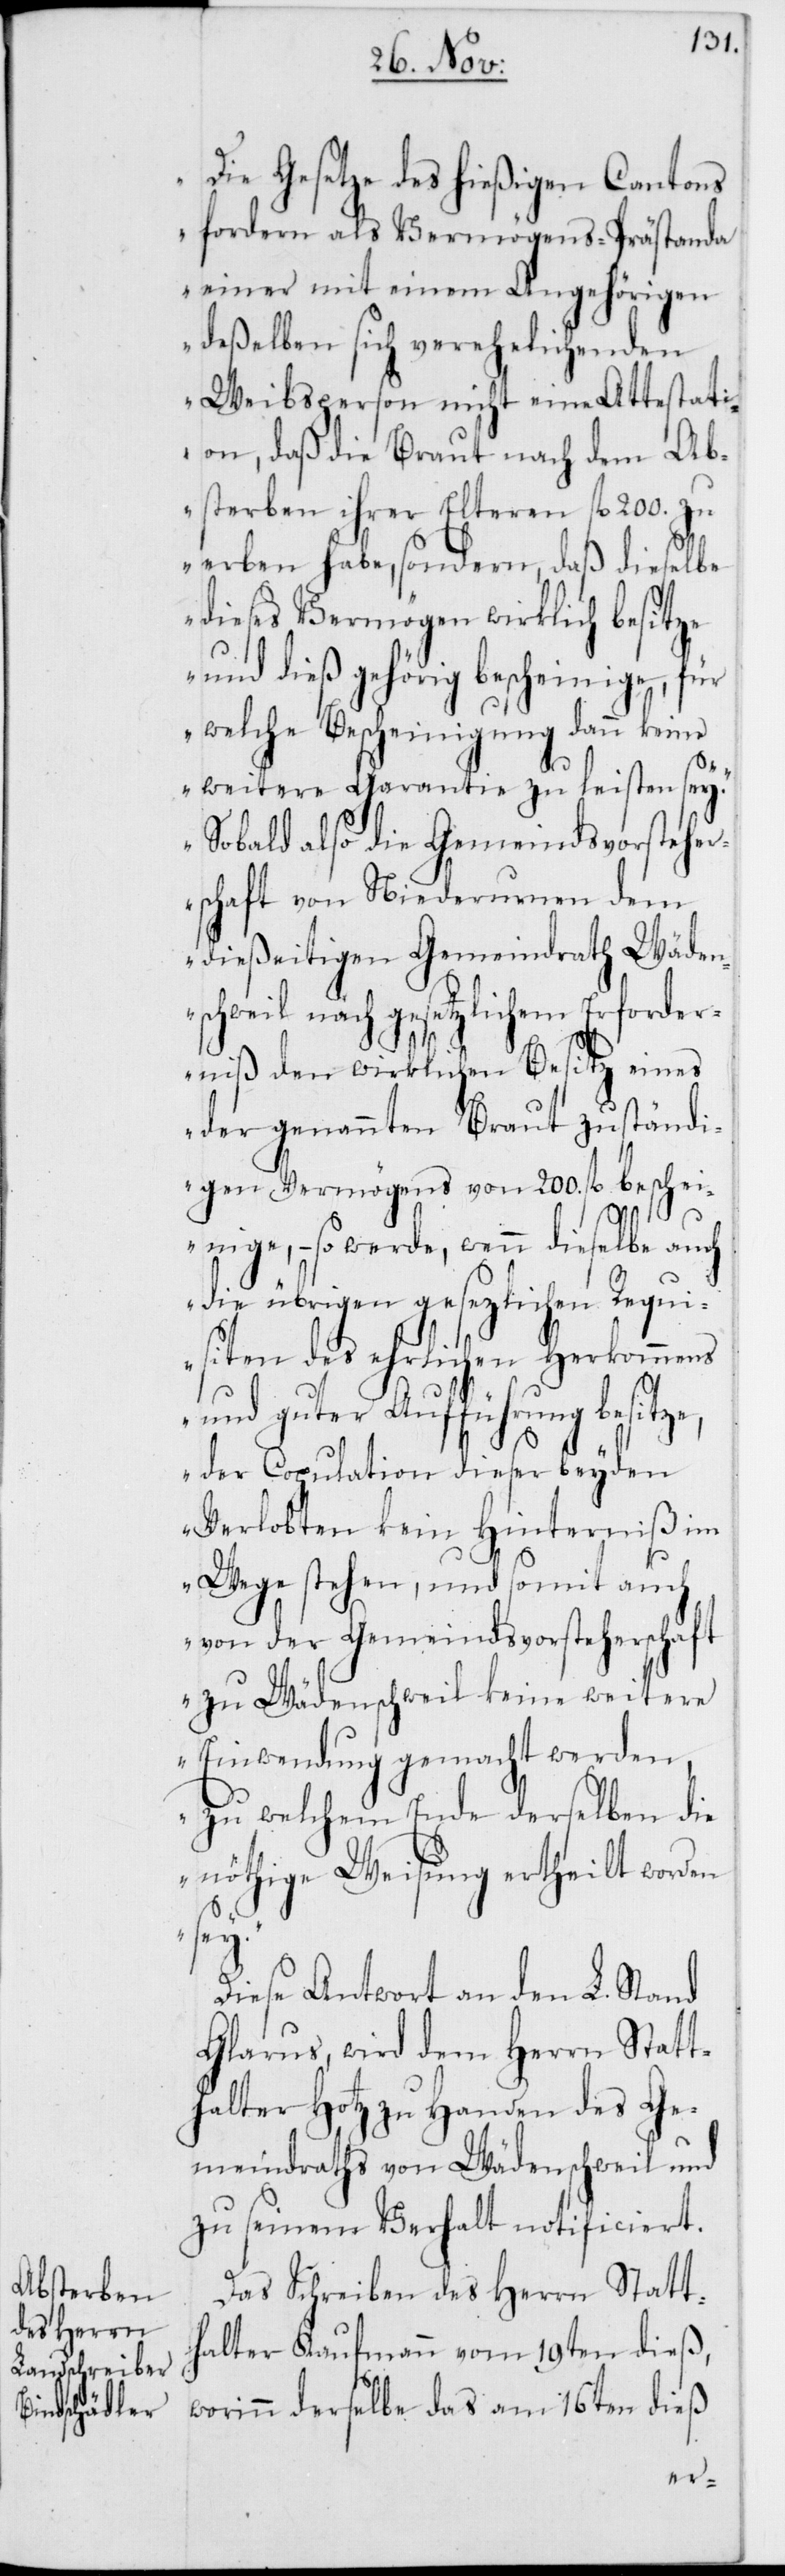
„Die Gesetze des hießigen Cantons
fordern als Vermögens-Prästanda
einer mit einem Angehörigen
deßelben sich verehelichenden
Weibsperson nicht eine Attestati¬
on, daß die Braut nach dem Ab¬
sterben ihrer Elteren fl. 200. zu
erben habe, sondern, daß dieselbe
dieses Vermögen wirklich besitze
und dieß behörig bescheinige, für
welche Bescheinigung dann keine
weitere Garantie zu leisten sey.“
„Sobald also die Gemeindsvorsteher¬
schaft von Niederurnen dem
dießeitigen Gemeindrath Wäden¬
chweil nach gesetzlichem Erforder¬
niß den wirklichen Besitz eines
der genannten Braut zuständi¬
gen Vermögens von 200. fl. beschei¬
nige, – so werde, wenn dieselbe auch
die übrigen gesetzlichen Requi¬
siten des ehrlichen Herkommens
und guter Aufführung besitze,
der Copulation dieser beyden
Verlobten kein Hinderniß im
Wege stehen, und somit auch
von der Gemeindsvorsteherschaft
zu Wädenschweil keine weitere
Einwendung gemacht werden,
zu welchem Ende derselben die
nöthige Weisung ertheilt worden
s¬
Diese Antwort an den L. Stand
Glarus wird dem Herrn Statt¬
halter Hotz zu Handen des Ge¬
meindraths von Wädenschweil und
zu seinem Verhalt notificiert.
Das Schreiben des Herrn Statt¬
halter Kaufmann vom 19ten dieß,
worinn derselbe das am 16ten dieß